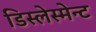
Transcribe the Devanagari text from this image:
डिस्लेस्मेन्ट